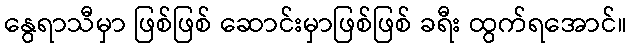
နွေရာသီမှာ ဖြစ်ဖြစ် ဆောင်းမှာဖြစ်ဖြစ် ခရီး ထွက်ရအောင်။